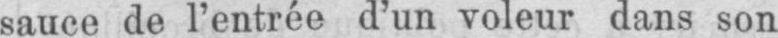
sauce de l’entrée d’un voleur dans son